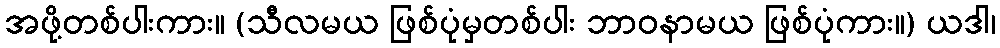
အဖို့တစ်ပါးကား။ (သီလမယ ဖြစ်ပုံမှတစ်ပါး ဘာဝနာမယ ဖြစ်ပုံကား။) ယဒါ၊